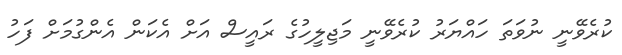
ކުރެވޭނީ ނުވަތަ ހައްޔަރު ކުރެވޭނީ މަޖިލީހުގެ ރައީސް އަށް އެކަން އެންގުމަށް ފަހު